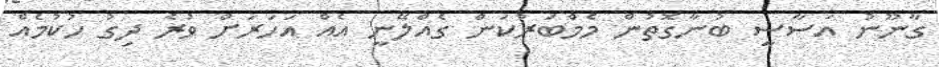
ގާނޫނު އަސާސީ ބުނާގޮތުން މެމްބަރުކަން ގެއްލޭނީ އެއް އަހަރަށް ވުރެ ދިގު ހުކުމެއް